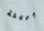
بريئة